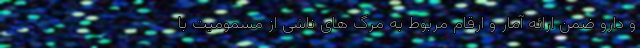
و دارو ضمن ارائه آمار و ارقام مربوط به مرگ های ناشی از مسمومیت با